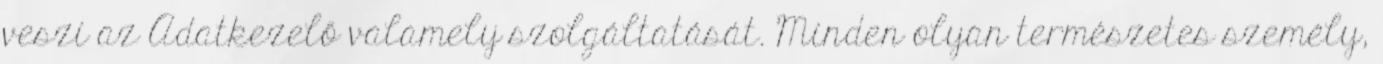
veszi az Adatkezelő valamely szolgáltatását. Minden olyan természetes személy,